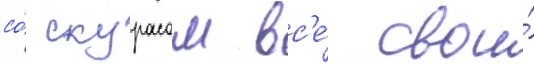
со́ скурасом вс'е́ свои́